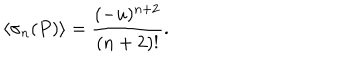
\langle \sigma _ { n } ( P ) \rangle = { \frac { ( - u ) ^ { n + 2 } } { ( n + 2 ) ! } } .